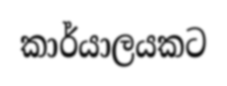
කාර්යාලයකට